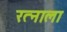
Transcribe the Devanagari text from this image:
रत्‍नाला